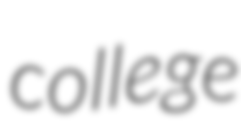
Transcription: college